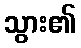
သွား၏